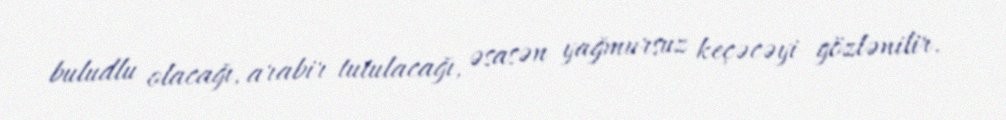
buludlu olacağı, arabir tutulacağı, əsasən yağmursuz keçəcəyi gözlənilir.